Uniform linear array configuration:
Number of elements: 12
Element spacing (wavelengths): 1
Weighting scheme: kaiser
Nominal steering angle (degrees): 15
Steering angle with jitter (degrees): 15.245
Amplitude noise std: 0.05
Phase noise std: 0.05

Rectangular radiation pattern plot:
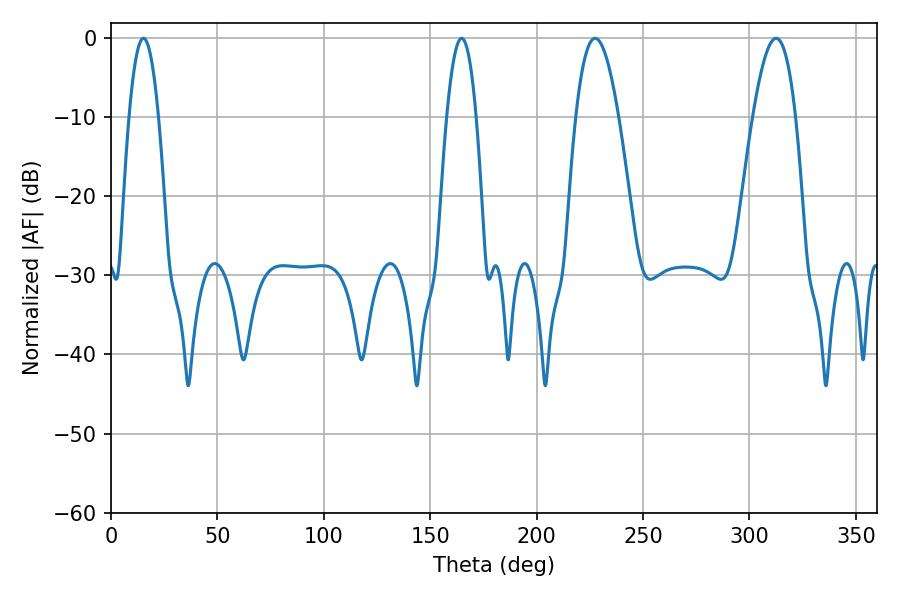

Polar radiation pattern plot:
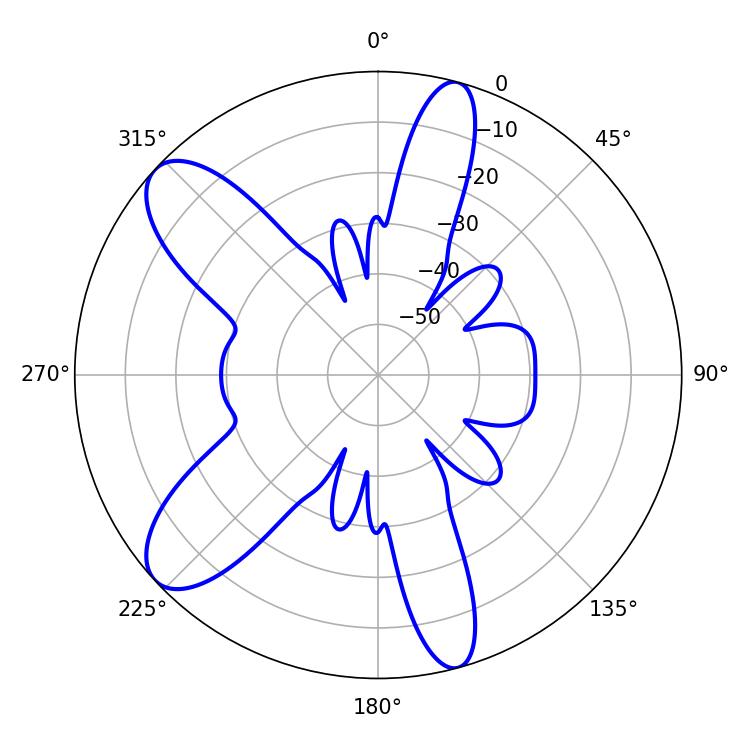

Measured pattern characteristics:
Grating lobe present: TRUE
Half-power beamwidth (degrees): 10.98
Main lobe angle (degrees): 227.52